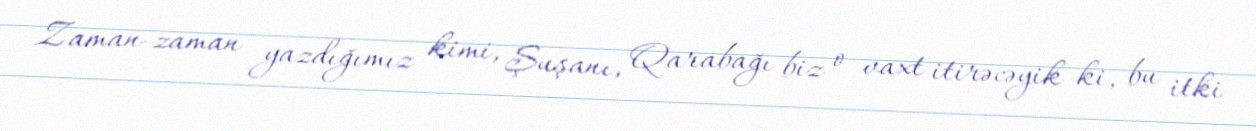
Zaman-zaman yazdığımız kimi, Şuşanı, Qarabağı biz o vaxt itirəcəyik ki, bu itki